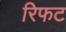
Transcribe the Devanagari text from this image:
रिफट